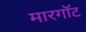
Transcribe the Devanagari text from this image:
मारगॉट